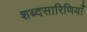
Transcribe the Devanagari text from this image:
शब्दसारिणियाँ